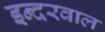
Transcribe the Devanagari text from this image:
इन्दरवाल